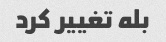
بله تغییر کرد